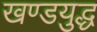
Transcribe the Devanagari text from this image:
खण्डयुद्ध